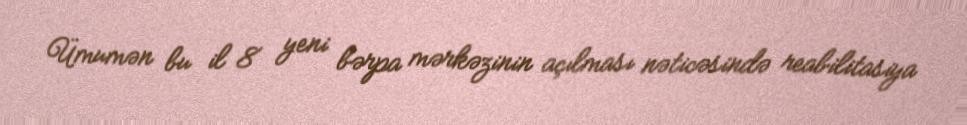
Ümumən bu il 8 yeni bərpa mərkəzinin açılması nəticəsində reabilitasiya